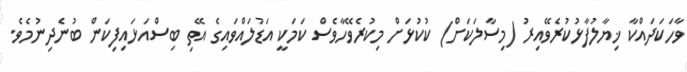
ވާހަކަދައްކާ ޚިޔާލުފާޅުކުރެވޭއިރު (މިސާލަކަށް) ކުކުޅަށް މިކުރެވޭހާވެސް ކަމަކީ އަޑުލައްވައިގެ އޭތި ބިސްއަޅައިފިކަން ބުނެދިނުމެވެ.